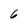
Character: 6